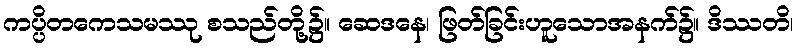
ကပ္ပိတကေသမဿု စသည်တို့၌။ ဆေဒနေ၊ ဖြတ်ခြင်းဟူသောအနက်၌။ ဒိဿတိ၊